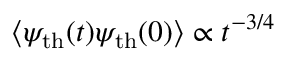
\langle \psi _ { \mathrm { t h } } ( t ) \psi _ { \mathrm { t h } } ( 0 ) \rangle \propto t ^ { - 3 / 4 }